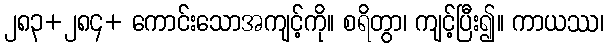
၂၈၃+၂၈၄+ ကောင်းသောအကျင့်ကို။ စရိတွာ၊ ကျင့်ပြီး၍။ ကာယဿ၊